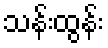
သန်းထွန်း